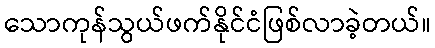
သောကုန်သွယ်ဖက်နိုင်ငံဖြစ်လာခဲ့တယ်။